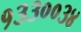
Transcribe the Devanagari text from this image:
१३३००३४